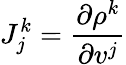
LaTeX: J_{j}^{k}=\frac{\partial\rho^{k}}{\partial v^{j}}